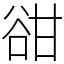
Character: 𧮳